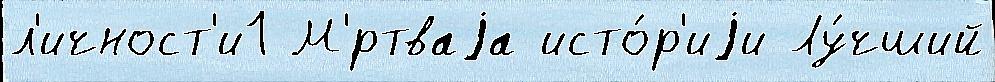
л'ичност'и1 М'́ртваjа исто́р'иjи Лу́чший